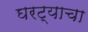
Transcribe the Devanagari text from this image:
घरट्याचा